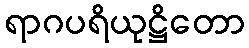
ရာဂပရိယုဋ္ဌိတော